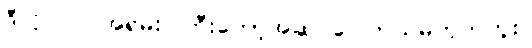
ဒီလိုပါပဲ။ အရမ်း ကြီးတော့အဆင်ပြေတယ်မဟုတ်ဘူး။